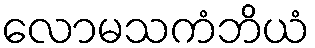
လောမသကံဘိယံ